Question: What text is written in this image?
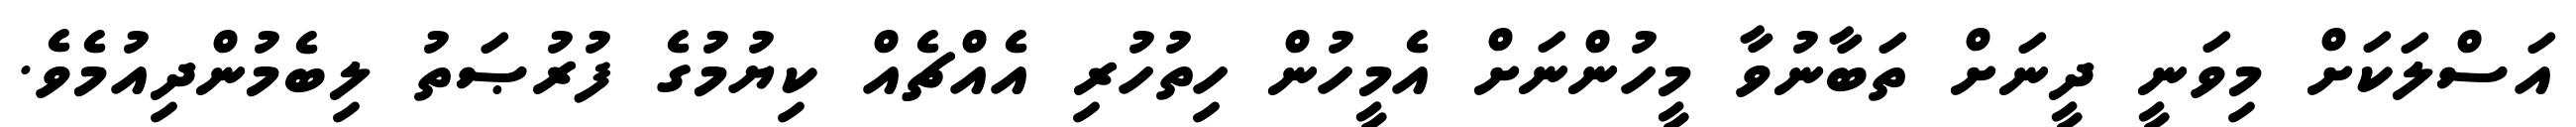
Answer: އަސްލަކަށް މިވަނީ ދީނަށް ތަބާނުވާ މީހުންނަށް އެމީހުން ހިތުހުރި އެއްޗެއް ކިޔުމުގެ ފުރުޞަތު ލިބެމުންދިއުމެވެ.